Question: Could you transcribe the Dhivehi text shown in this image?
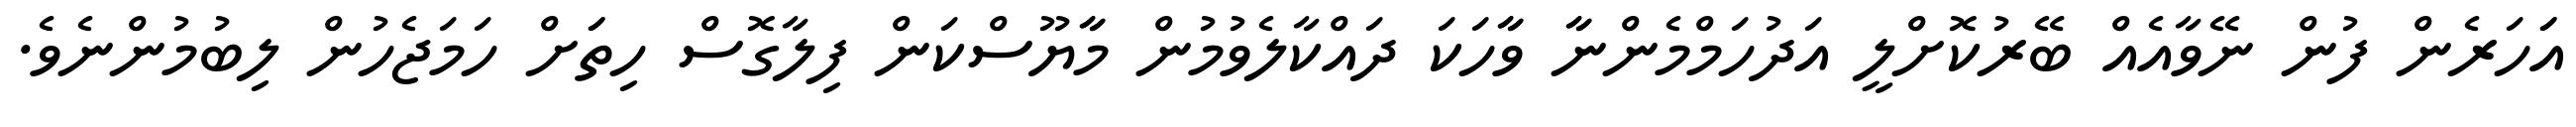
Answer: އަަހަރެން ފުން ނޭވާއެއް ބޭރުކޮށްލީ އަދުހަމްމެންނާާ ވާާހަކަ ދައްކާލެވުމުން މާާޔޫސްކަން ފިލާގޮސް ހިތަަށް ހަމަޖެހުން ލިބުމުންނެވެ.